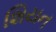
શિયન